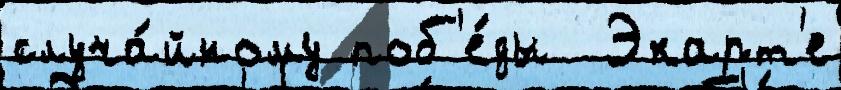
случа́йному поб'е́ды  Экарт'е